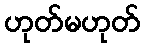
ဟုတ်မဟုတ်